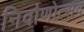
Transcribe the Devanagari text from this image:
निर्वाणोत्सव